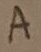
Text: A